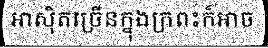
អាស៊ិតច្រើនក្នុងក្រពះក៏អាច